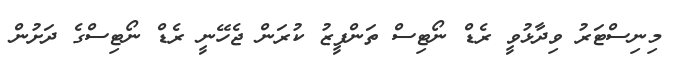
މިނިސްޓަރު ވިދާޅުވީ ރެޑް ނޯޓިސް ތަންފީޒު ކުރަން ޖެހޭނީ ރެޑް ނޯޓިސްގެ ދަށުން